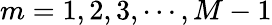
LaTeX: m=1,2,3,\cdots,M-1